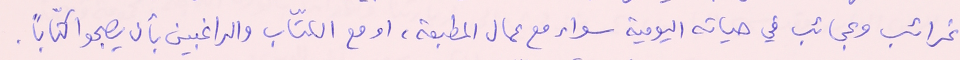
غرائب وعجائب في حياته اليومية سواء مع عمال المطبعة، او مع الكتّاب والراغبين بأن يصبحوا كتّاباً.